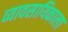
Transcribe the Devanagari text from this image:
व्यावसायिकाला